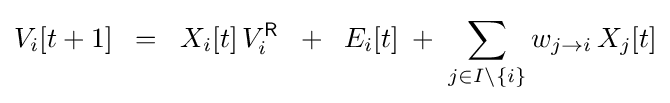
V_{i}[t+1]\;\;=\;\;X_{i}[t]\,V_{i}^{\mathsf {R}}\;\;+\;\;E_{i}[t]\;+\;\sum _{j\in I\setminus \{i\}}w_{j\to i}\,X_{j}[t]